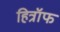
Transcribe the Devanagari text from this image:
हित्रॉफ